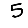
Digit: 5